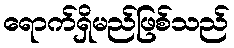
ရောက်ရှိမည်ဖြစ်သည်